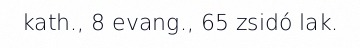
kath., 8 evang., 65 zsidó lak.